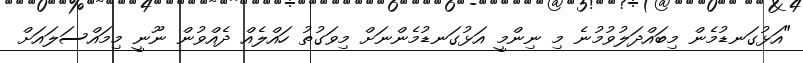
"އަޅުގަނޑުމެން މިބައްދަލުވުމުނެ މި ނިންމީ އަޅުގަނޑުމެންނަށް މިވަގުތު ހައްލެއް ދެއްވުން ނޫނީ މިމައްސަލައަށް